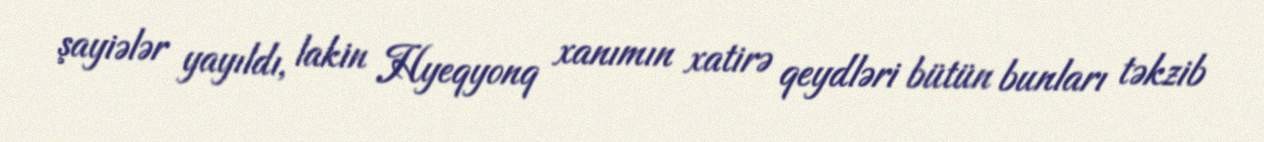
şayiələr yayıldı, lakin Hyeqyonq xanımın xatirə qeydləri bütün bunları təkzib